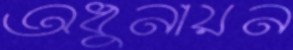
অধুনায়ন